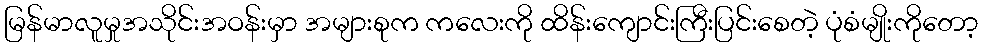
မြန်မာလူမှုအသိုင်းအဝန်းမှာ အများစုက ကလေးကို ထိန်းကျောင်းကြီးပြင်းစေတဲ့ ပုံစံမျိုးကိုတော့